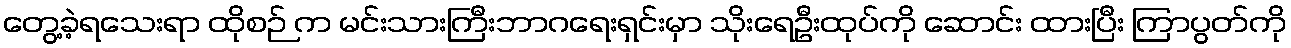
တွေ့ခဲ့ရသေးရာ ထိုစဉ် က မင်းသားကြီးဘာဂရေးရှင်းမှာ သိုးရေဦးထုပ်ကို ဆောင်း ထားပြီး ကြာပွတ်ကို